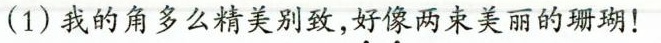
(1)我的角多么精美别致，好像两束美丽的珊瑚！